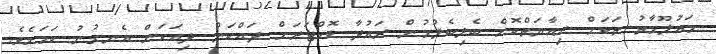
މައުލޫމާތު ތަކަށް ރިއާޔަތްކޮށް ބެލިބެލުމުން ރައުދާ ޑޮކްޓަރަށް ދައްކަން ދިއަކަން އެނގުނު ކަމަށެވެ.